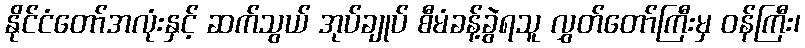
နိုင်ငံတော်အလုံးနှင့် ဆက်သွယ် အုပ်ချုပ် စီမံခန့်ခွဲရသူ လွှတ်တော်ကြီးမှ ဝန်ကြီး၊